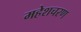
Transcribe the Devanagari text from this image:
महेशचरण